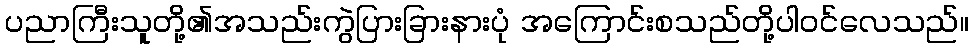
ပညာကြီးသူတို့၏အသည်းကွဲပြားခြားနားပုံ အကြောင်းစသည်တို့ပါဝင်လေသည်။